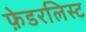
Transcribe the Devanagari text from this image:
फ़ेडरलिस्ट